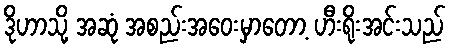
ဒိုဟာသို့ အဆုံ အစည်းအဝေးမှာတော့ ဟီးရိုးအင်းသည်